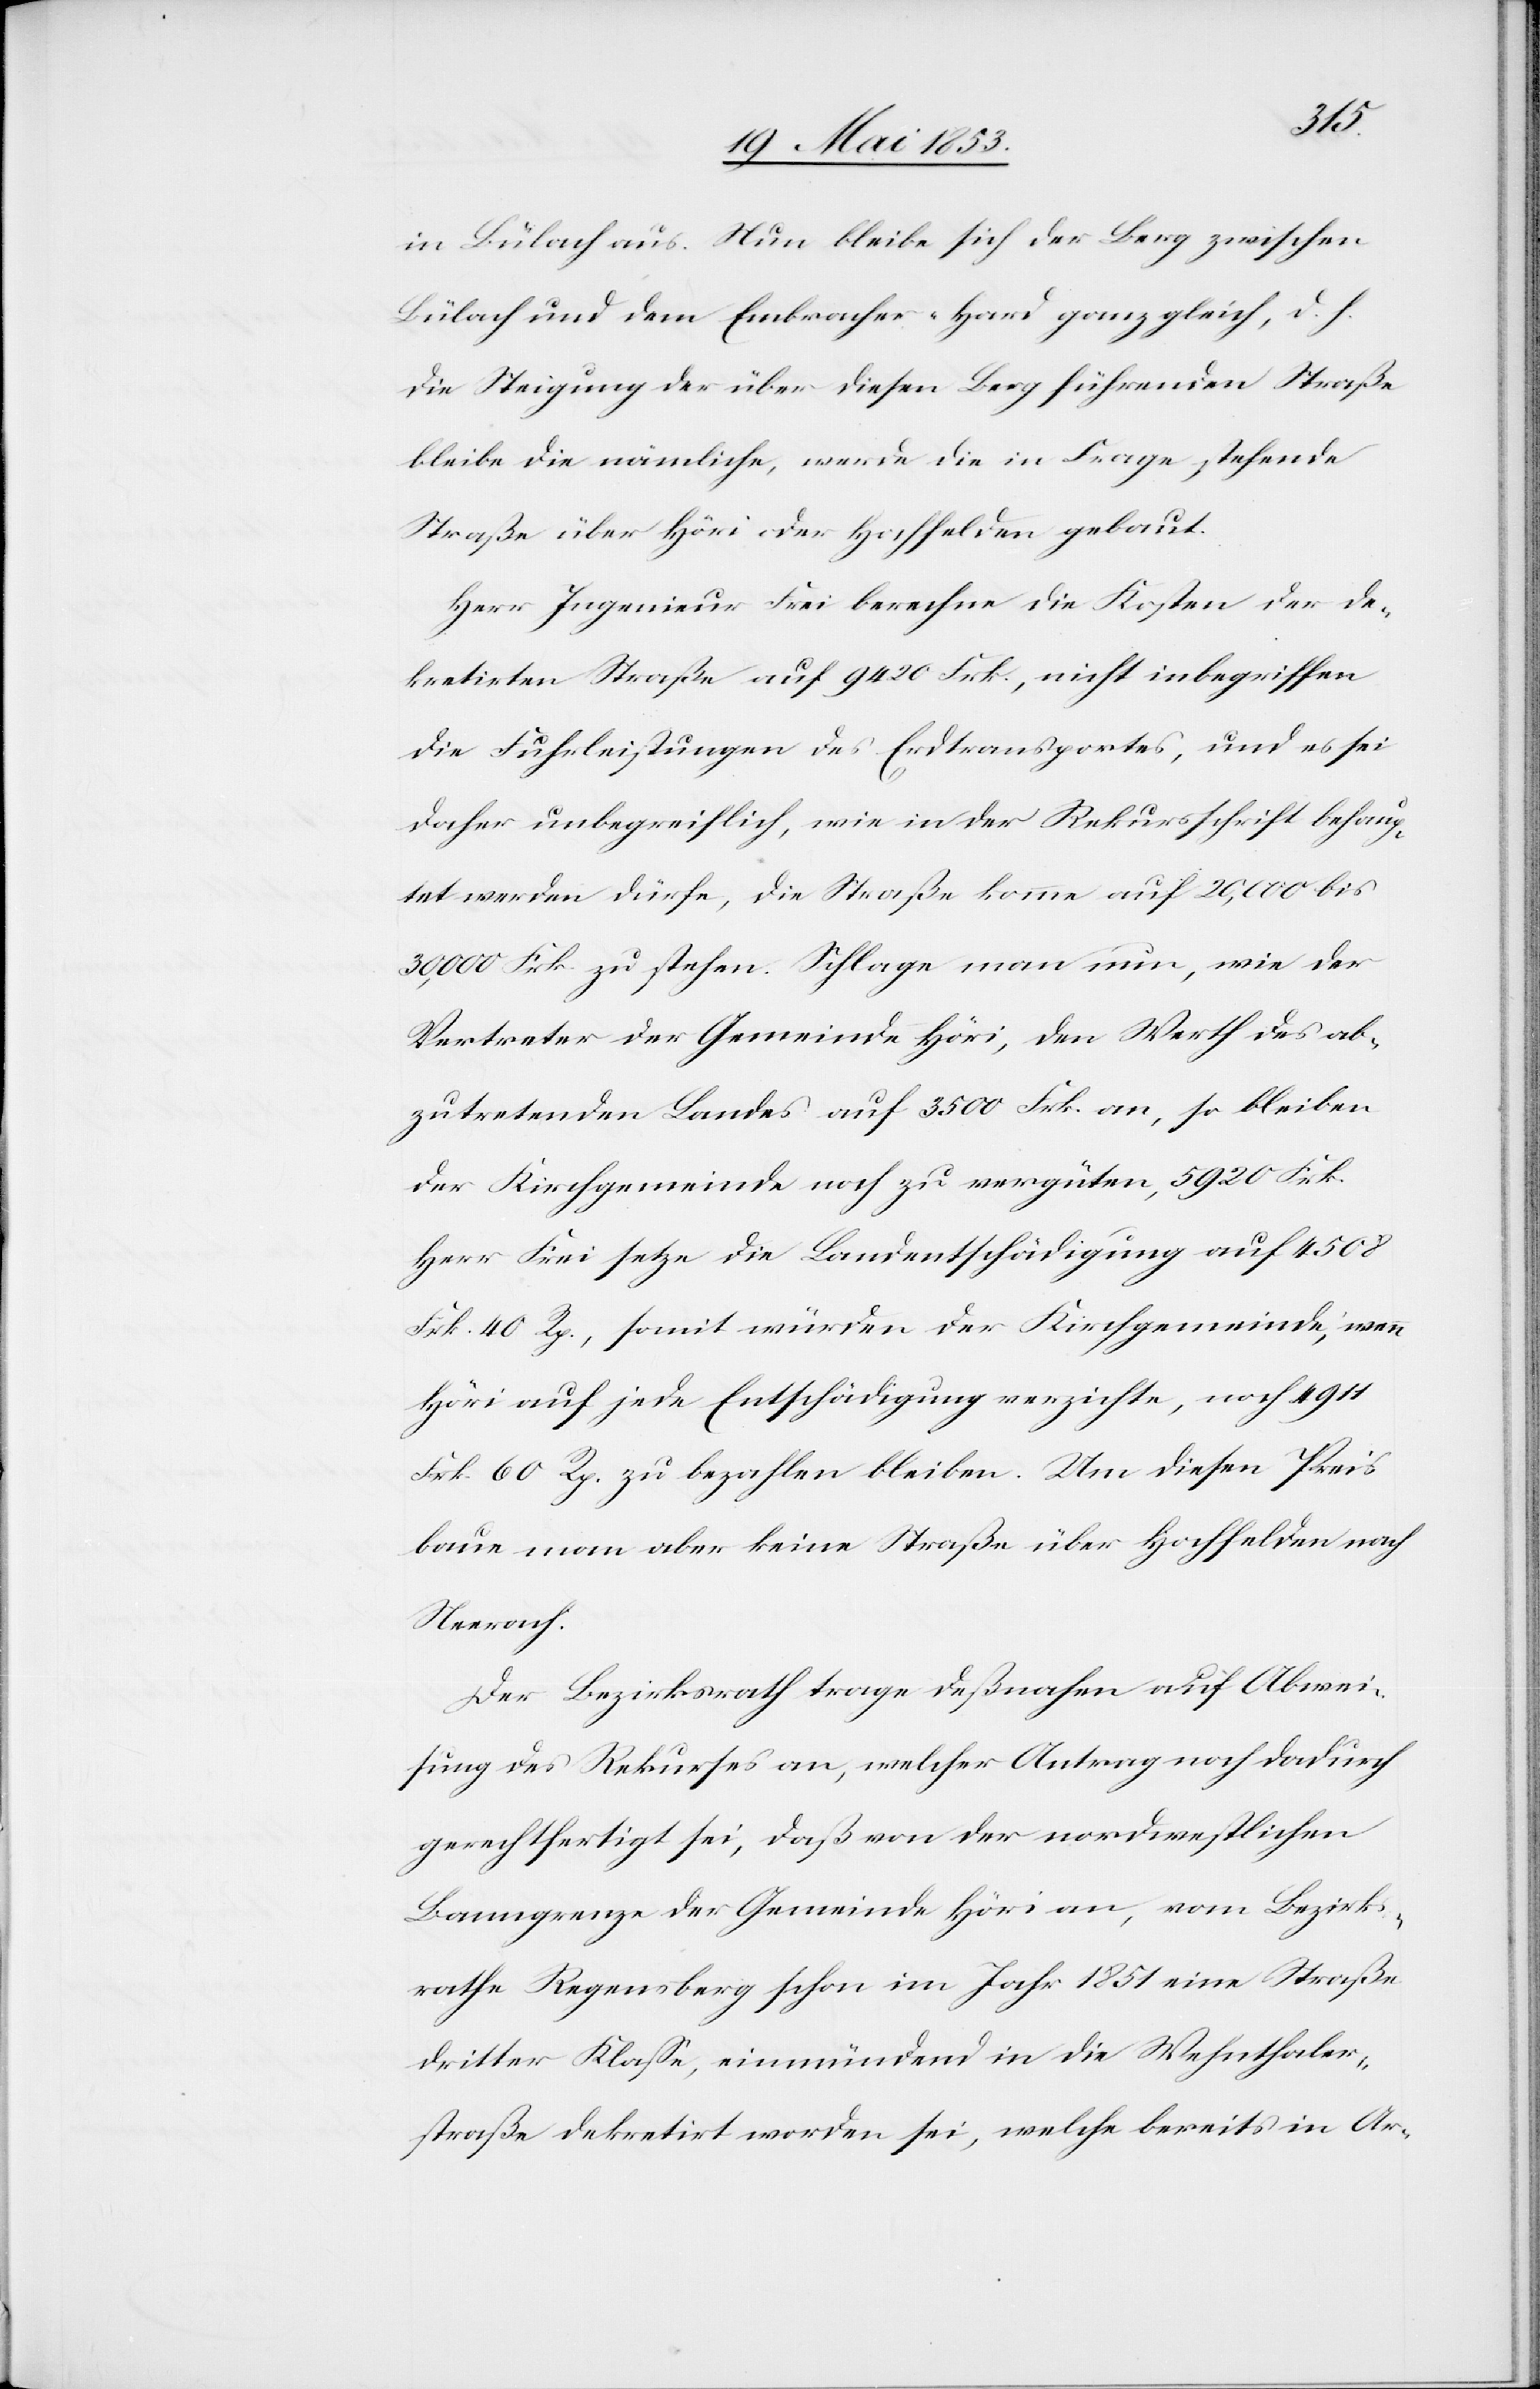
in Bülach aus. Nun bleibe sich der Berg zwischen
Bülach und dem Embracher-Hard ganz gleich, d. h.
die Steigung der über diesen Berg führenden Straße
bleibe die nämliche, werde die in Frage stehende
Straße über Höri oder Hochfelden gebaut.
Herr Ingenieur Frei berechne die Kosten der de¬
kretirten Straße auf 9420 Frk., nicht inbegriffen
die Fuhrleistungen des Erdtransportes, und es sei
daher unbegreiflich, wie in der Rekursschrift behaup¬
tet werden dürfe, die Straße komme auf 20,000 bis
30,000 Frk zu stehen. Schlage man nun, wie der
Vertreter der Gemeinde Höri, den Werth des ab¬
zutretenden Landes auf 3500 Frk. an, so bleiben
der Kirchgemeinde noch zu vergüten 5920 Frk.
Herr Frei setze die Landentschädigung auf 4508
Frk. 40 Rp., somit würden der Kirchgemeinde, wenn
Höri auf jede Entschädigung verzichte, noch 4911
Fkr. 60 Rp. zu bezahlen bleiben. Um diesen Preis
baue man aber keine Straße über Hochfelden nach
Neerach.
Der Bezirksrath trage deßnahen auf Abwei¬
sung des Rekurses an, welcher Antrag noch dadurch
gerechtfertigt sei, daß von der nordwestlichen
Banngrenze der Gemeinde Höri an, vom Bezirks¬
rathe Regensberg schon im Jahr 1851 eine Straße
dritter Klaße, einmündend in die Wehnthaler¬
straße dekretirt worden sei, welche bereits in Ar-